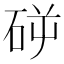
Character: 𥑺